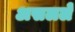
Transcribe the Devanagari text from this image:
असलले